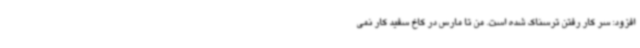
افزود: سر کار رفتن ترسناک شده است. من تا مارس در کاخ سفید کار نمی